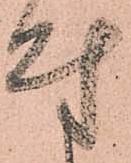
付